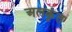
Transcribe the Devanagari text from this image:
अलकृंत